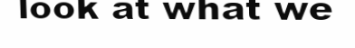
look at what we